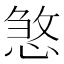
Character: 𢞀